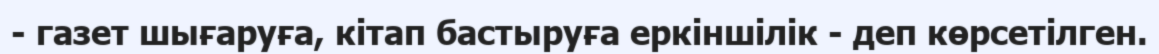
- газет шығаруға, кітап бастыруға еркіншілік - деп көрсетілген.